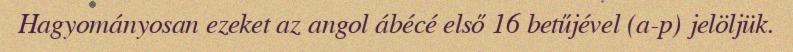
Hagyományosan ezeket az angol ábécé első 16 betűjével (a-p) jelöljük.